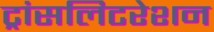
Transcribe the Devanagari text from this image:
ट्रांसलिटरेशन